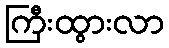
ကြီးထွားလာ